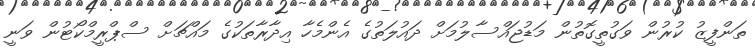
ތަންފީޒު ކުރުން ވަގުތީގޮތުން މަޑުޖައްސާލުމަށް ދައުލަތުގެ އެންމެހާ އިދާރާތަކުގެ މައްޗަށް ސްޕްރީމްކޯޓުން ވަނީ